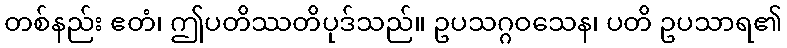
တစ်နည်း ဧတံ၊ ဤပတိဿတိပုဒ်သည်။ ဥပသဂ္ဂဝသေန၊ ပတိ ဥပသာရ၏